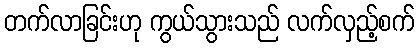
တက်လာခြင်းဟု ကွယ်သွားသည် လက်လှည့်စက်